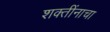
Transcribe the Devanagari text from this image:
शक्तींनाचा